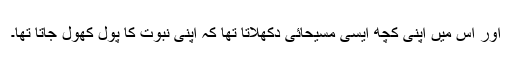
اور اس میں اپنی کچھ ایسی مسیحائی دکھلاتا تھا کہ اپنی نبوت کا پول کھول جاتا تھا۔